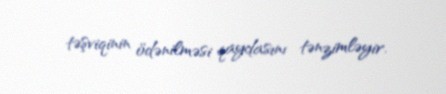
təşviqinin ödənilməsi qaydasını tənzimləyir.